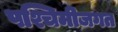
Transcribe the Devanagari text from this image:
पश्चिमीजगत